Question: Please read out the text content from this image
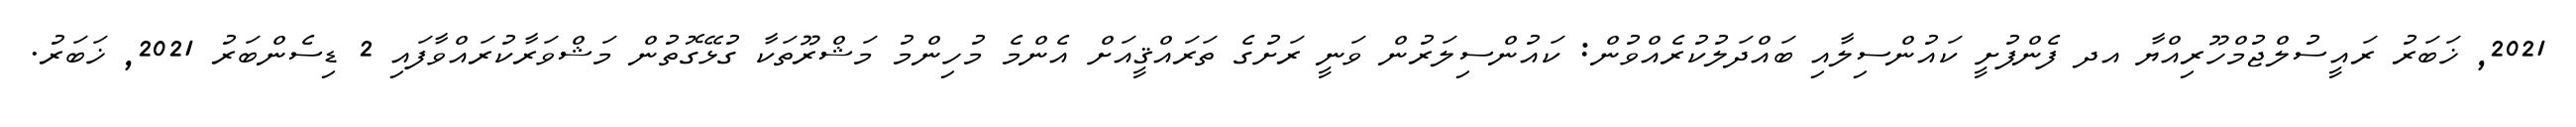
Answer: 2021, ޚަބަރު ރައީސުލްޖުމްހޫރިއްޔާ އދ ފެންފުށީ ކައުންސިލާއި ބައްދަލުކުރެއްވުން: ކައުންސިލަރުން ވަނީ ރަށުގެ ތަރައްޤީއަށް އެންމެ މުހިންމު މަޝްރޫތަކާ ގުޅޭގޮތުން މަޝްވަރާކުރައްވާފައި 2 ޑިސެންބަރު 2021, ޚަބަރު.